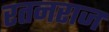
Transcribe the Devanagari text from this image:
रतनराज